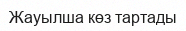
Жауылша көз тартады